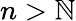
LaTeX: n>\mathbb{N}